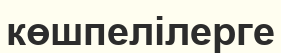
көшпелілерге